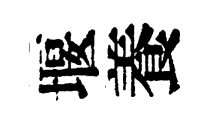
堰養